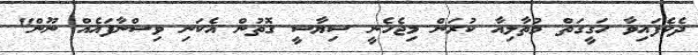
ދެކެފައިވާ ހަގީގަތް މުތާލިއާ ކުރަން މިޖެހެނީ ސިޔާސީ ގޮތުން އެކަނި ވިސްނާފައެއް ނޫން"